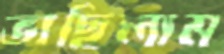
ভাছিলাম